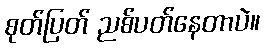
စုတ်ပြတ် ညစ်ပတ်နေတာပဲ။